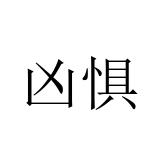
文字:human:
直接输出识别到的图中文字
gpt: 凶惧